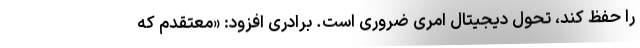
را حفظ کند، تحول دیجیتال امری ضروری است. برادری افزود: «معتقدم که